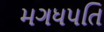
મગધપતિ